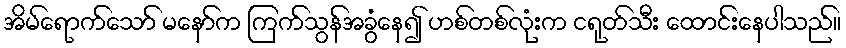
အိမ်ရောက်သော် မနော်က ကြက်သွန်အခွံနေ၍ ဟစ်တစ်လုံးက ငရုတ်သီး ထောင်းနေပါသည်။